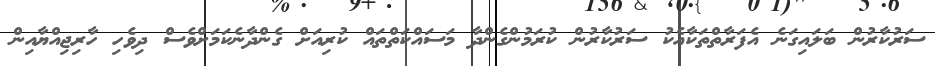
ސަރުކާރުން ބަލައިގަނެ އެފަރާތްތަކާއެކު ސަރުކާރުން ކުރަމުންގެންދާ މަސައްކަތްތައް ކުރިއަށް ގެންދާނެކަމަށްވެސް ދިވެހި ހާރިޖިއްޔާއިން